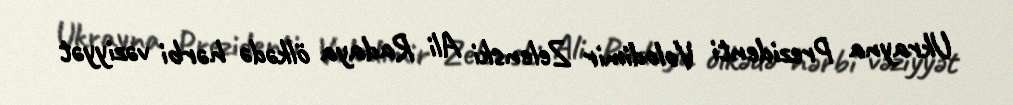
Ukrayna Prezidenti Volodimir Zelenski Ali Radaya ölkədə hərbi vəziyyət